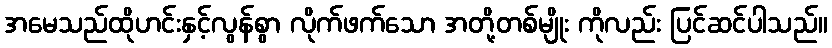
အမေသည်ထိုဟင်းနှင့်လွန်စွာ လိုက်ဖက်သော အတို့တစ်မျိုး ကိုလည်း ပြင်ဆင်ပါသည်။